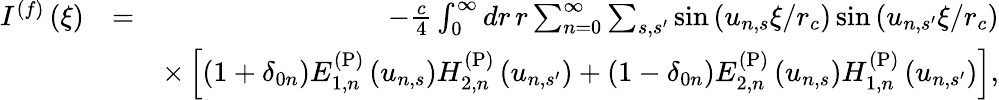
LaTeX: \begin{array}{rlr}{I^{(f)}\left(\xi\right)}&{=}&{-\frac{c}{4}\int_{0}^{\infty}dr\, r\sum_{n=0}^{\infty}\sum_{s,s^{\prime}}\sin\left(u_{n,s}\xi/r_{c}\right)\sin\left(u_{n,s^{\prime}}\xi/r_{c}\right)}\\ &{}&{\times\left[\left(1+\delta_{0n}\right)E_{1,n}^{\mathrm{(P)}}\left(u_{n,s}\right)H_{2,n}^{\mathrm{(P)}}\left(u_{n,s^{\prime}}\right)+\left(1-\delta_{0n}\right)E_{2,n}^{\mathrm{(P)}}\left(u_{n,s}\right)H_{1,n}^{\mathrm{(P)}}\left(u_{n,s^{\prime}}\right)\right],}\end{array}